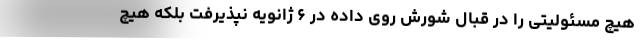
هیچ مسئولیتی را در قبال شورش روی داده در ۶ ژانویه نپذیرفت بلکه هیچ